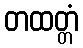
တထတ္တံ